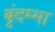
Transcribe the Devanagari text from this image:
बृंदम्मा